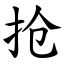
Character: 抢